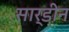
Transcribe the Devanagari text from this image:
सार्डीन